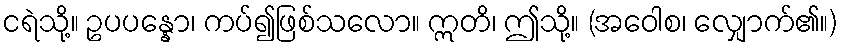
ငရဲသို့။ ဥပပန္နော၊ ကပ်၍ဖြစ်သလော။ ဣတိ၊ ဤသို့။ (အဝေါစ၊ လျှောက်၏။)